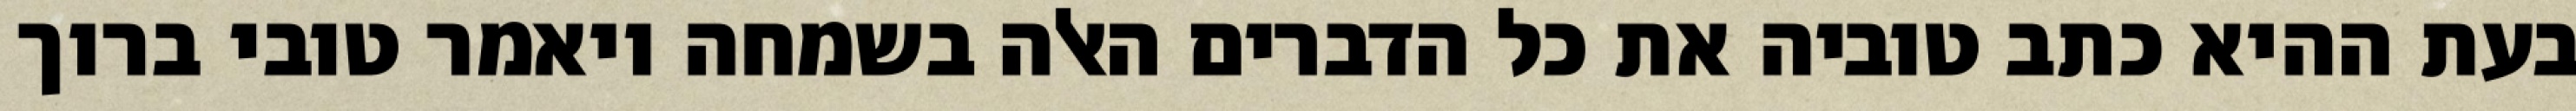
בעת ההיא כתב טוביה את כל הדברים האלה בשמחה ויאמר טובי ברוך